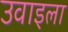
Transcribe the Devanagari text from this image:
उवाइला